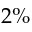
2 \%